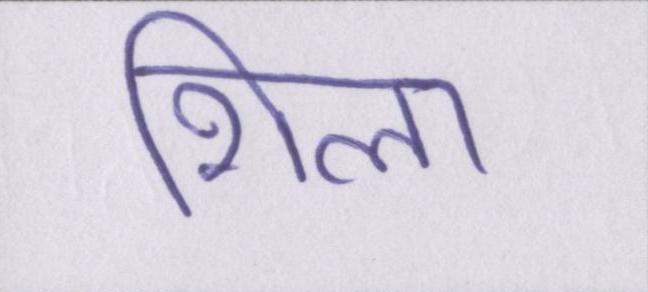
शिला